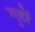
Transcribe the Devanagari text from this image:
गुहों